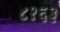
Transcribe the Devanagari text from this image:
८१६३